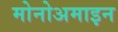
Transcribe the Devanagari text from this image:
मोनोअमाइन